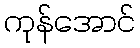
ကုန်အောင်